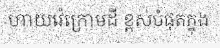
ហាយវ៉េក្រោមដី ខ្ពស់បំផុតក្នុង